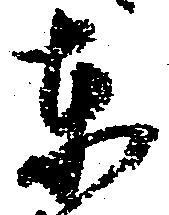
東